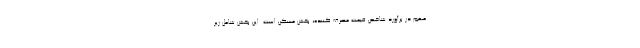
مهم در برآورد شاخص قیمت مصرف کننده، بخش مسکن است. این بخش شامل زیر